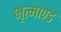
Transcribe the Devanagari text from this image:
भृत्माण्ड